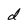
Character: d